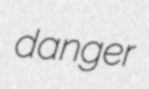
danger